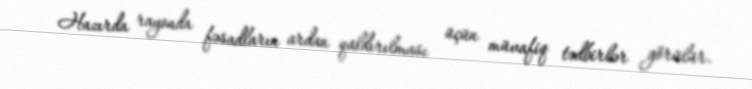
Hazırda rayonda fəsadların ardan qaldırılması üçün müvafiq tədbirlər görülür.